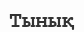
Тынық